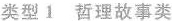
类型1 哲理故事类